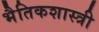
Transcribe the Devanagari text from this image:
भैतिकशास्त्री